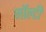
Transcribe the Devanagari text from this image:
मॉल्टी